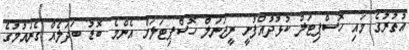
އުތުރުގެ މައި ހޮސްޕިޓަލް ކުޅުދުއްފުށީ ރީޖަނަލް ހޮސްޕިޓަލަށް އެންމެ ބޮޑު ބަދަލެއް ގެނައުމުގެ